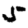
Digit: 5